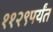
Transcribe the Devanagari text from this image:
११२९पर्यंत